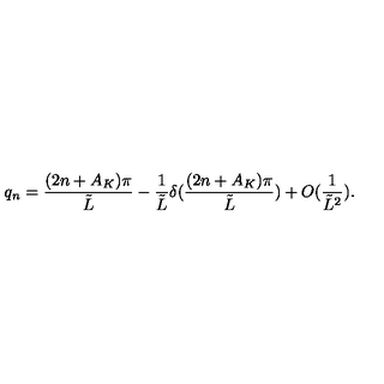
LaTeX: q _ { n } = \frac { ( 2 n + A _ { K } ) \pi } { \tilde { L } } - \frac { 1 } { \tilde { L } } \delta ( \frac { ( 2 n + A _ { K } ) \pi } { \tilde { L } } ) + O ( \frac { 1 } { \tilde { L } ^ { 2 } } ) .